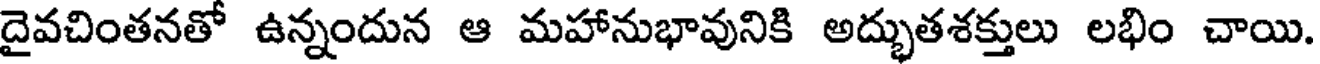
దైవచింతనతో ఉన్నందున ఆ మహానుభావునికి అద్భుతశక్తులు లభిం చాయి.